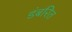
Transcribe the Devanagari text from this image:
डंबरित